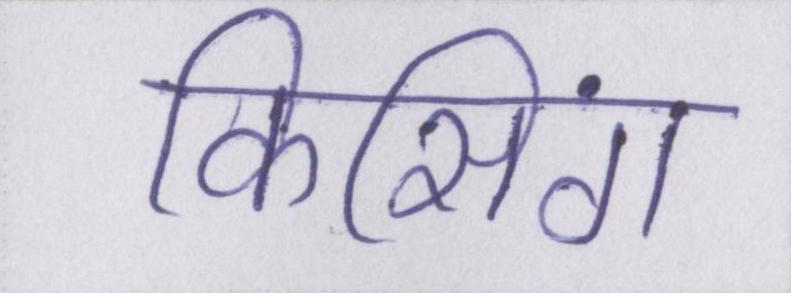
किसिंग